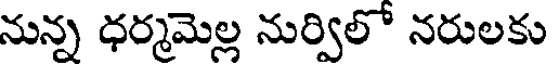
నున్న ధర్మమెల్ల నుర్విలో నరులకు